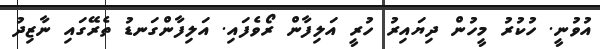
އުވުނީ. ހުކުރު މީހުން ދިޔައިރު ހުރީ އަލިފާން ރޯވެފައި. އަލިފާންގަނޑު ތެރޭގައި ނާޒިދު